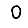
Digit: 0